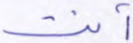
أنت